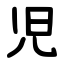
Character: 児